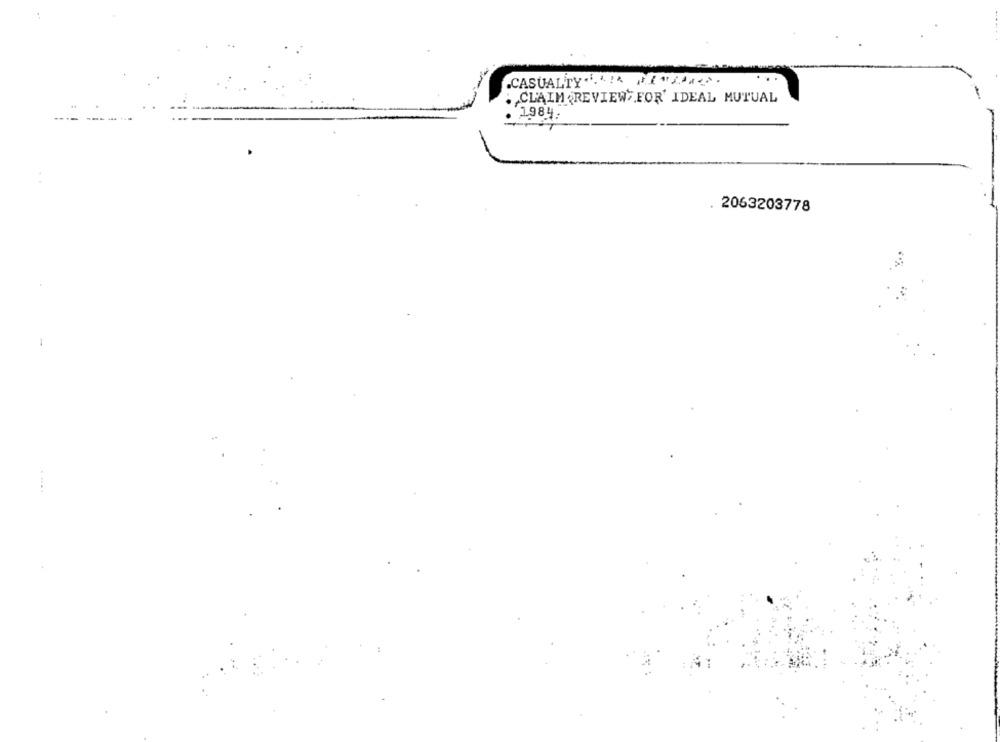
CASUALTY .. .. ! A .( "A.C.
CLAIM REVIEW FOR' IDEAL MUTUAL
. 1984 .
. 2063203778